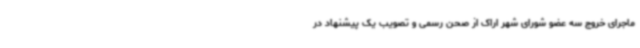
ماجرای خروج سه عضو شورای شهر اراک از صحن رسمی و تصویب یک پیشنهاد در